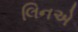
લિનએ